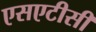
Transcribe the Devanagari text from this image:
एसएटीसी